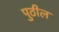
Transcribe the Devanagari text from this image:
पुठील